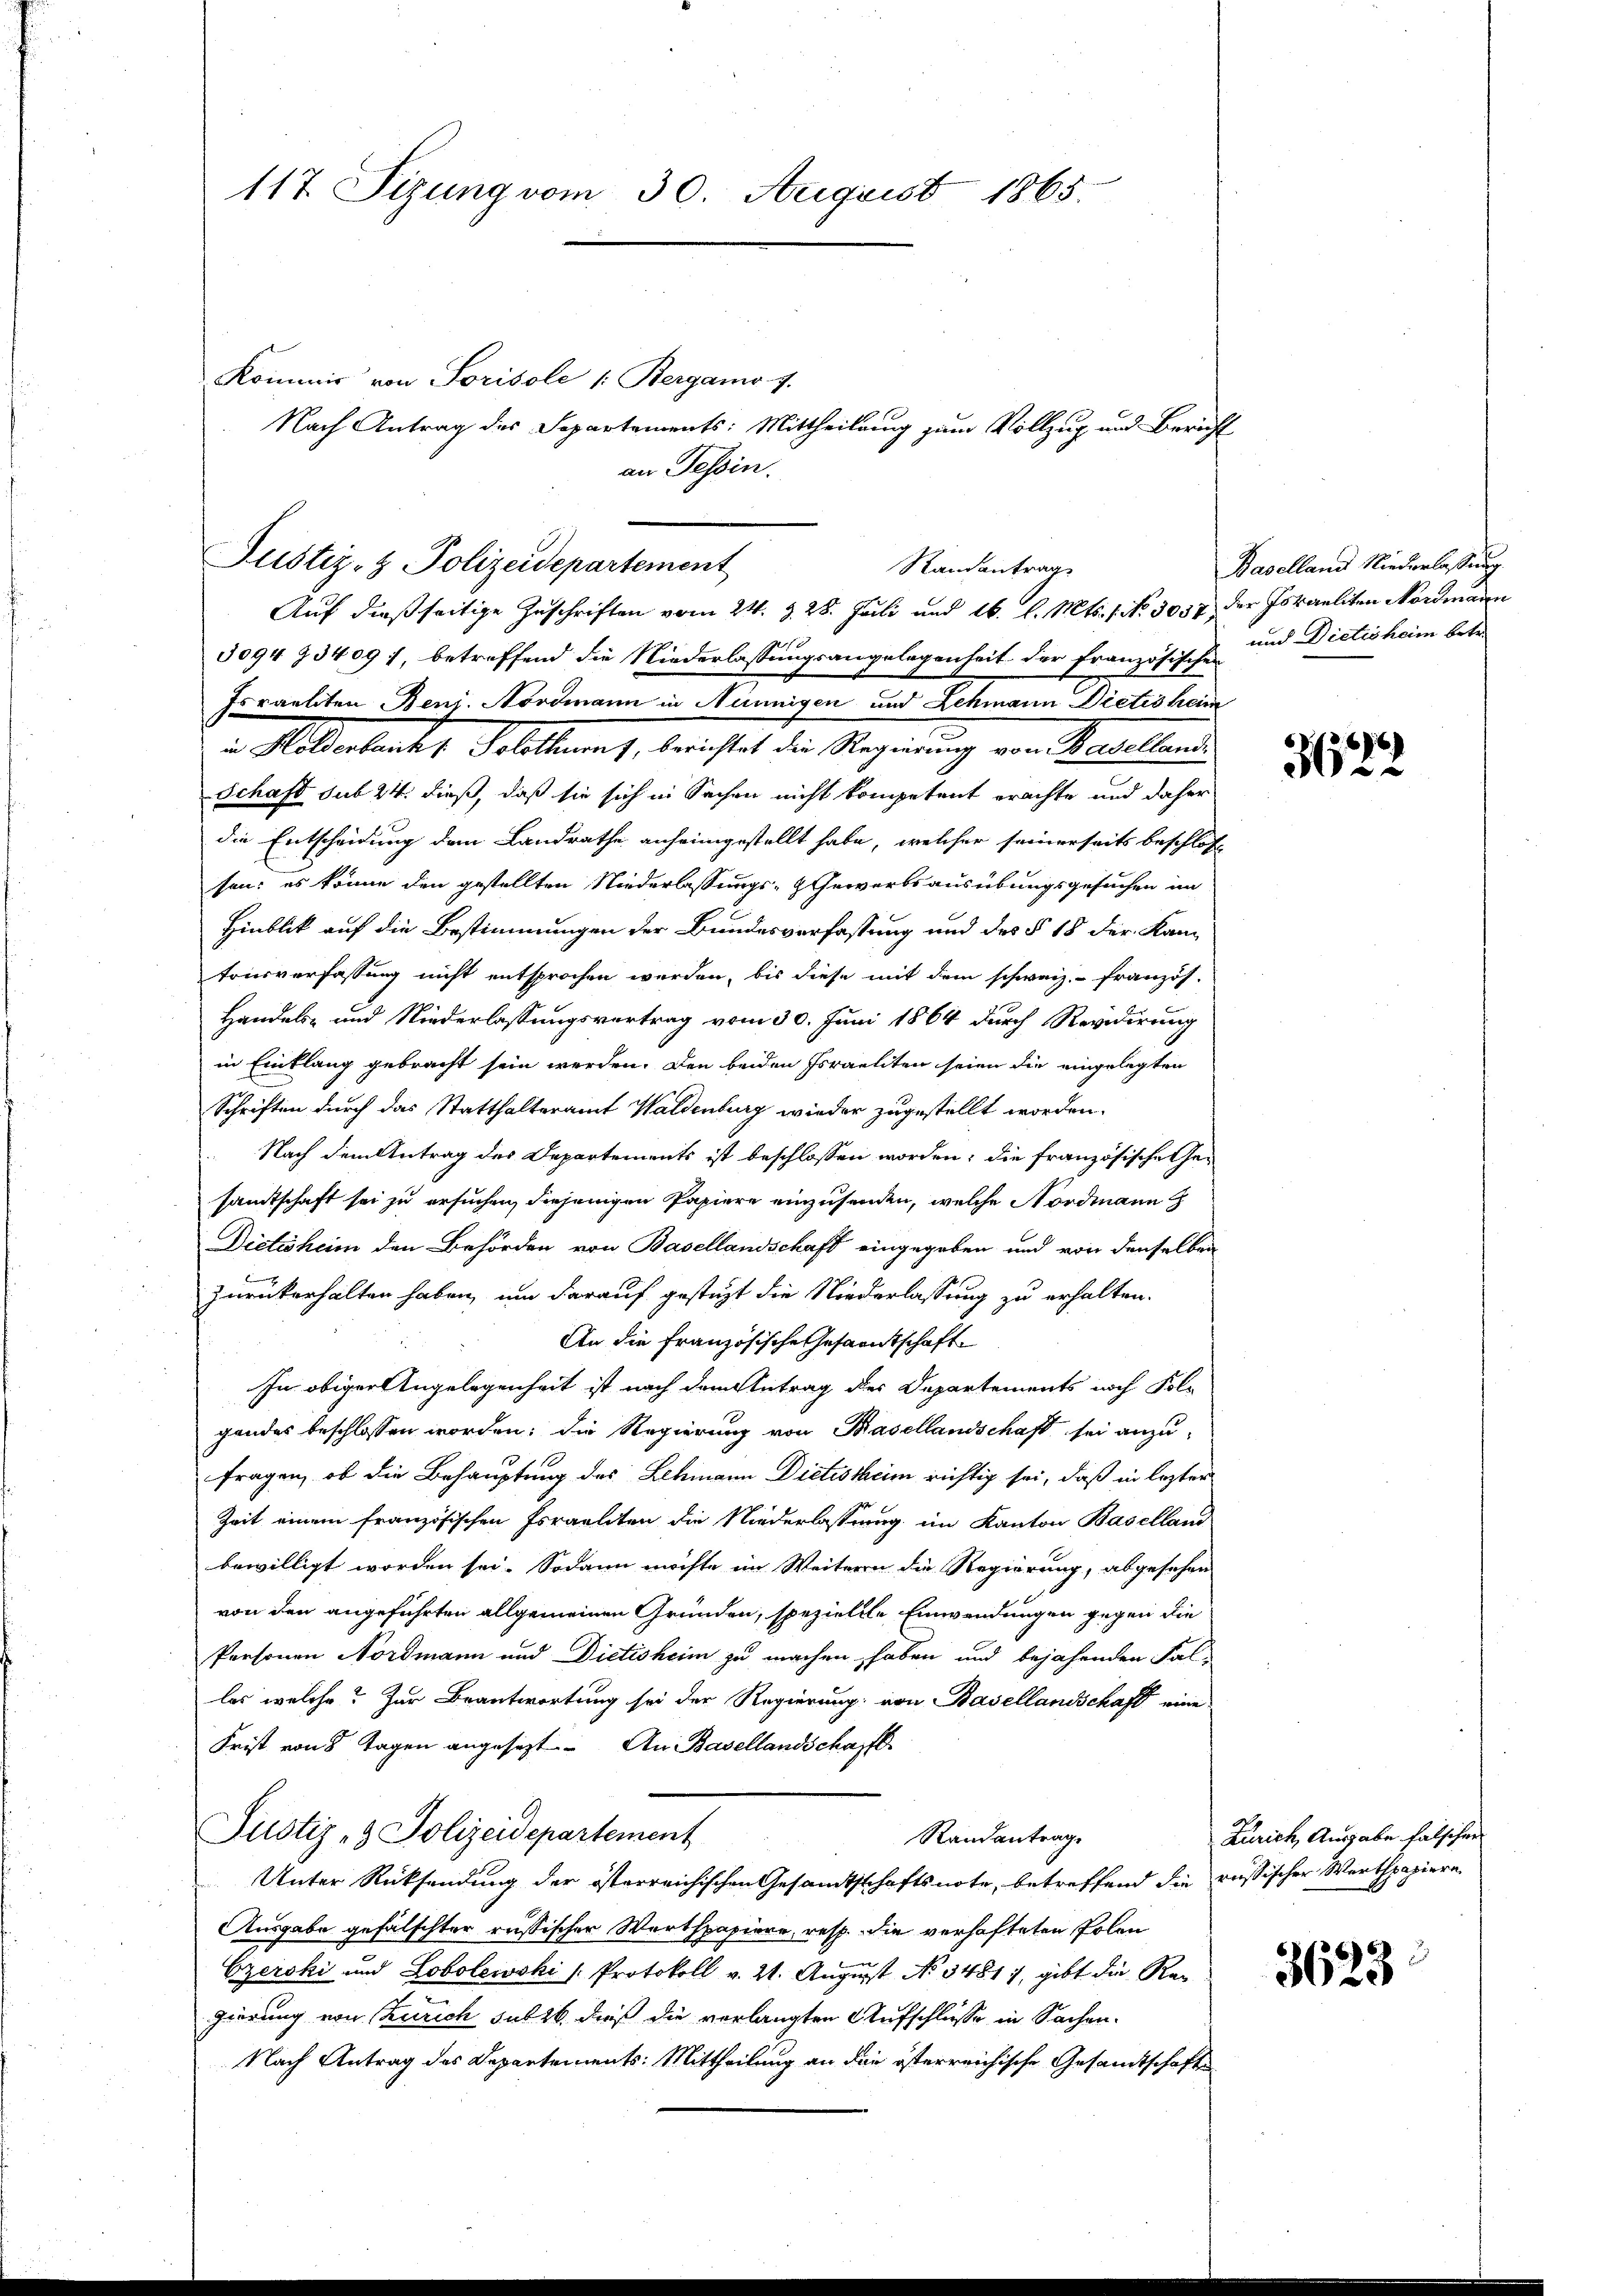
117. Sizung vom 30. August 1865.

Justiz- & Polizeidepartement
Randantrag
Auf dießseitige Zuschriften vom 24. d. 28. Juli und 16. l. Mts. 1. No 3037 der Israeliten Nordmann

Kommis von Sorisole /: Bergamo 7.
Nach Antrag des Separtements: Mittheilung zum Vollzug und Bericht
an Tessin.

3094 23409), betreffend die Niederlassungsangelegenheit der französich und Dietisheim betr.
Israeliten Benz. Nordmann in Nünnigen und Schmann Dictis heim
 Milderbank, Schaltung, berechtet der Regierung von Basellands
Schaft sub 24. dieß, daß sie sich in Sachen nicht kompetent erachte und daher
die Entscheidung dem Landrathe anheimgestellt habe, welcher seinerseits beschlos
son: es könne den gestellten Niederlassungs- & Gewerbsausübungsgesuchen im
Hinblick auf die Bestimmungen der Bundesverfassung und des § 18 der Kantonsverfassung nicht entsprochen werden, bis diese mit dem schweiz.- französ.
Handels- und Niederlassungsvertrag vom 30. Juni 1864 durch Revidirung
in Einklang gebracht sein werden. Den beiden Israeliten seien die eingelegten
Schriften durch das Statthalteramt Waldenburg wieder zugestellt worden.
 Nach dem Antrag des Departements ist beschlossen worden; die französische Gesamtschaft sei zu ersuchen, diejenigen Papiere einzusenden, welche Nordmann
Dictisheim den Behörden von Basellandschaft eingegeben und von denselben
zurückerhalten haben, um darauf gesteht die Niederlassung zu erhalten.
An die französische Gesamtschaft
In obiger Angelegenheit ist nach dem Antrag der Departements noch Folgandes beschlossen worden; die Regierung von Basellandschaft sei anzu-
fragen, ob die Behauptung des Lehmann Dietischeim richtig sei, daß in lezter
Zeit einem französischen Israeliten die Niederlassung im Kanton Baselland
bewilligt worden sei. Sodann möchte im Weitern die Regierung, abgesehen
von den angeführten allgemeinen Gründen, speziellle Einwendungen gegen die
Personen Nordmann und Dietisheim zu machen haben und bejahenden Fal-
las, welche? Zur Beantwortung sei der Regierung von Basellandschaft eine
Frist von 8 Tagen angesezt. An Basellandschafft
Justiz- & Polizeidepartement
Randantrag.
Unter Rücksendung der österreichischen Gesandtschaftsnote, betreffend die russischer Werthpapiere
Ausgabe gefälschter russischer Werthpapiere, resp. die verhafteten Polen
Czerski und Lobolewski /: Protokoll v. 21. August No 3481, gibt die Regierung von Zürich sub 16 dieß die verlangten Aufschlüsse in Sachen¬
Nach Antrag des Departements: Mittheilung an die österreichische Gesandtschafte

Baselland Niederlassung

6
362

Zürich, Ausgabe falschen

3623